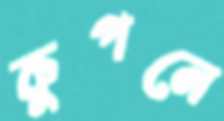
কুপনে